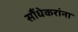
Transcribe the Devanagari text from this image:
सौंधेकरांना